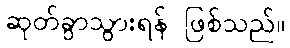
ဆုတ်ခွာသွားရန် ဖြစ်သည်။